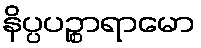
နိပ္ပပဉ္စာရာမော